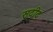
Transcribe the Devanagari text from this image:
स़दीद